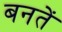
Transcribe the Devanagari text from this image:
बनतें